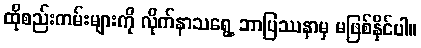
ထိုစည်းကမ်းများကို လိုက်နာသရွေ့ ဘာပြဿနာမှ မဖြစ်နိုင်ပါ။